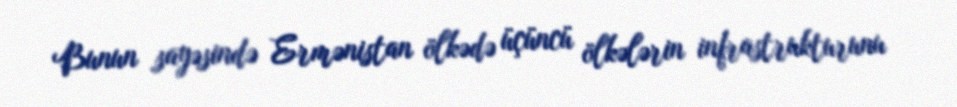
Bunun sayəsində Ermənistan ölkədə üçüncü ölkələrin infrastrukturunu